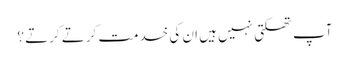
آپ تھکتی نہیں ہیں ان کی خدمت کرتے کرتے ؟